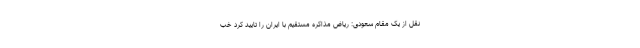
نقل از یک مقام سعودی: ریاض مذاکره مستقیم با ایران را تایید کرد خب